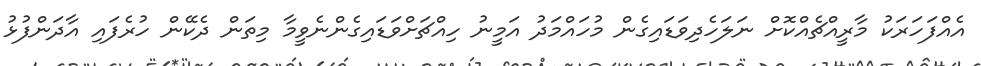
އެއްފަހަރަކު މާރީއްޗެއްކޮށް ނަލަހެދިވަޑައިގެން މުހައްމަދު އަމީނު ހިއްޗަށްވަޑައިގެންނެވީމާ މިތަން ދެކޭން ހުރެފައި އާދަންފުޅު